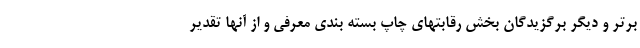
برتر و دیگر برگزیدگان بخش رقابتهای چاپ بسته بندی معرفی و از آنها تقدیر